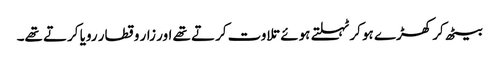
بیٹھ کر کھڑے ہو کر ٹہلتے ہوئے تلاوت کرتے تھے اور زار و قطار رویا کرتے تھے۔